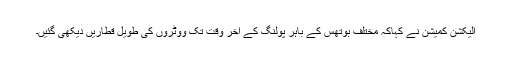
الیکشن کمیشن نے کہاکہ مختلف بوتھس کے باہر پولنگ کے آخر وقت تک ووٹروں کی طویل قطاریں دیکھی گئیں۔